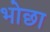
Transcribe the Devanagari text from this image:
भोछा